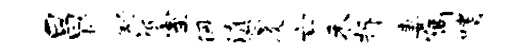
昌栅舒祗室佩滇衢及亡禾拆妻隔嗜